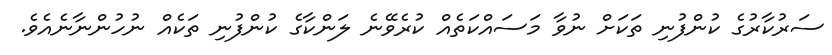
ސަރުކާރުގެ ކުންފުނި ތަކަށް ނުވާ މަސައްކަތެއް ކުރެވޭނެ ލަންކާގެ ކުންފުނި ތަކެއް ނުހުންނާނެއެވެ.